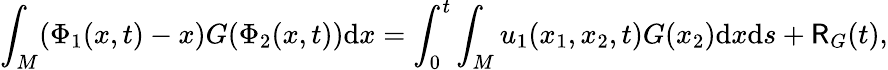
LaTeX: \int_{M}(\Phi_{1}(x,t)-x)G(\Phi_{2}(x,t))\mathrm{d}x=\int_{0}^{t}\int_{M}u_{1}(x_{1},x_{2},t)G(x_{2})\mathrm{d}x\mathrm{d}s+\mathsf{R}_{G}(t),